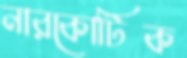
নারকোটিক